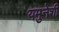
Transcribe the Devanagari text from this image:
यमुनेशी